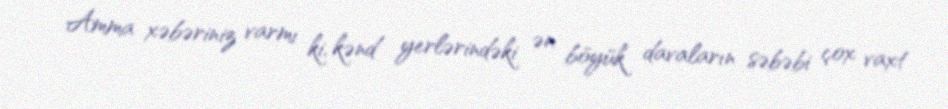
Amma xəbəriniz varmı ki, kənd yerlərindəki ən böyük davaların səbəbi çox vaxt